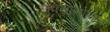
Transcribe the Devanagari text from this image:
लुक्यानोविच